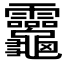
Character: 𪛈